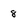
Character: 8